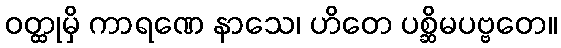
ဝတ္ထုမှိ ကာရဏေ နာသေ၊ ဟိတေ ပစ္ဆိမပဗ္ဗတေ။